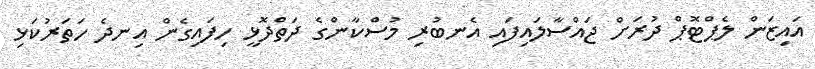
އައިޒަން ލެޕްޓޮޕް ދުރަށް ޖައްސާލައިފައި އެނބުރި މުސްކާންގެ ދަތްދޮޅީ ހިފައިގެން އިނދެ ހަތަރުކަޅި